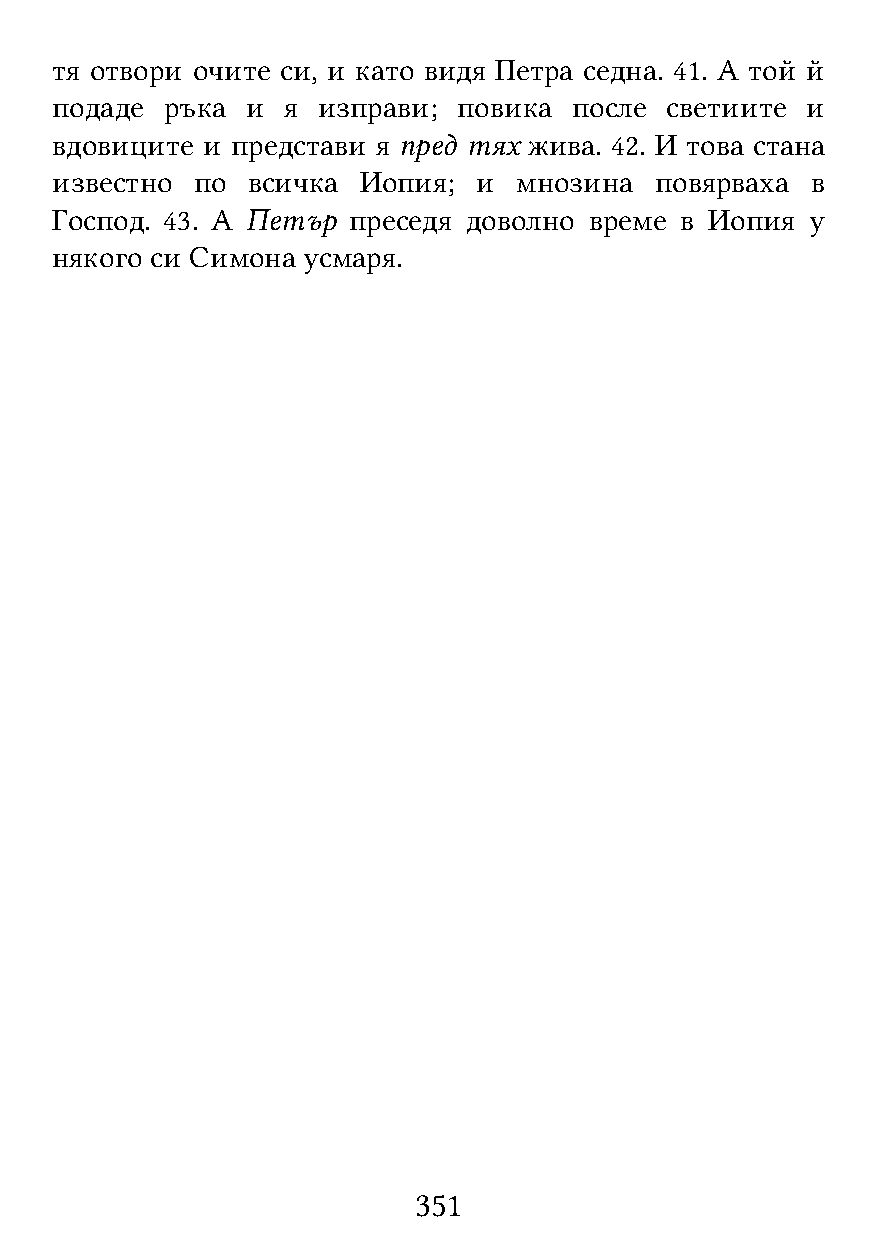
тя отвори очите си, и като видя Петра седна. 41. А той й
 подаде  ръка и  я изправи; повика  после светиите и
 вдовиците и представи я пред тях жива. 42. И това стана
 известно  по всичка  Иопия;  и мнозина  повярваха  в
 Господ. 43. А Петър преседя доволно време в Иопия  у
 някого си Симона усмаря.
 351